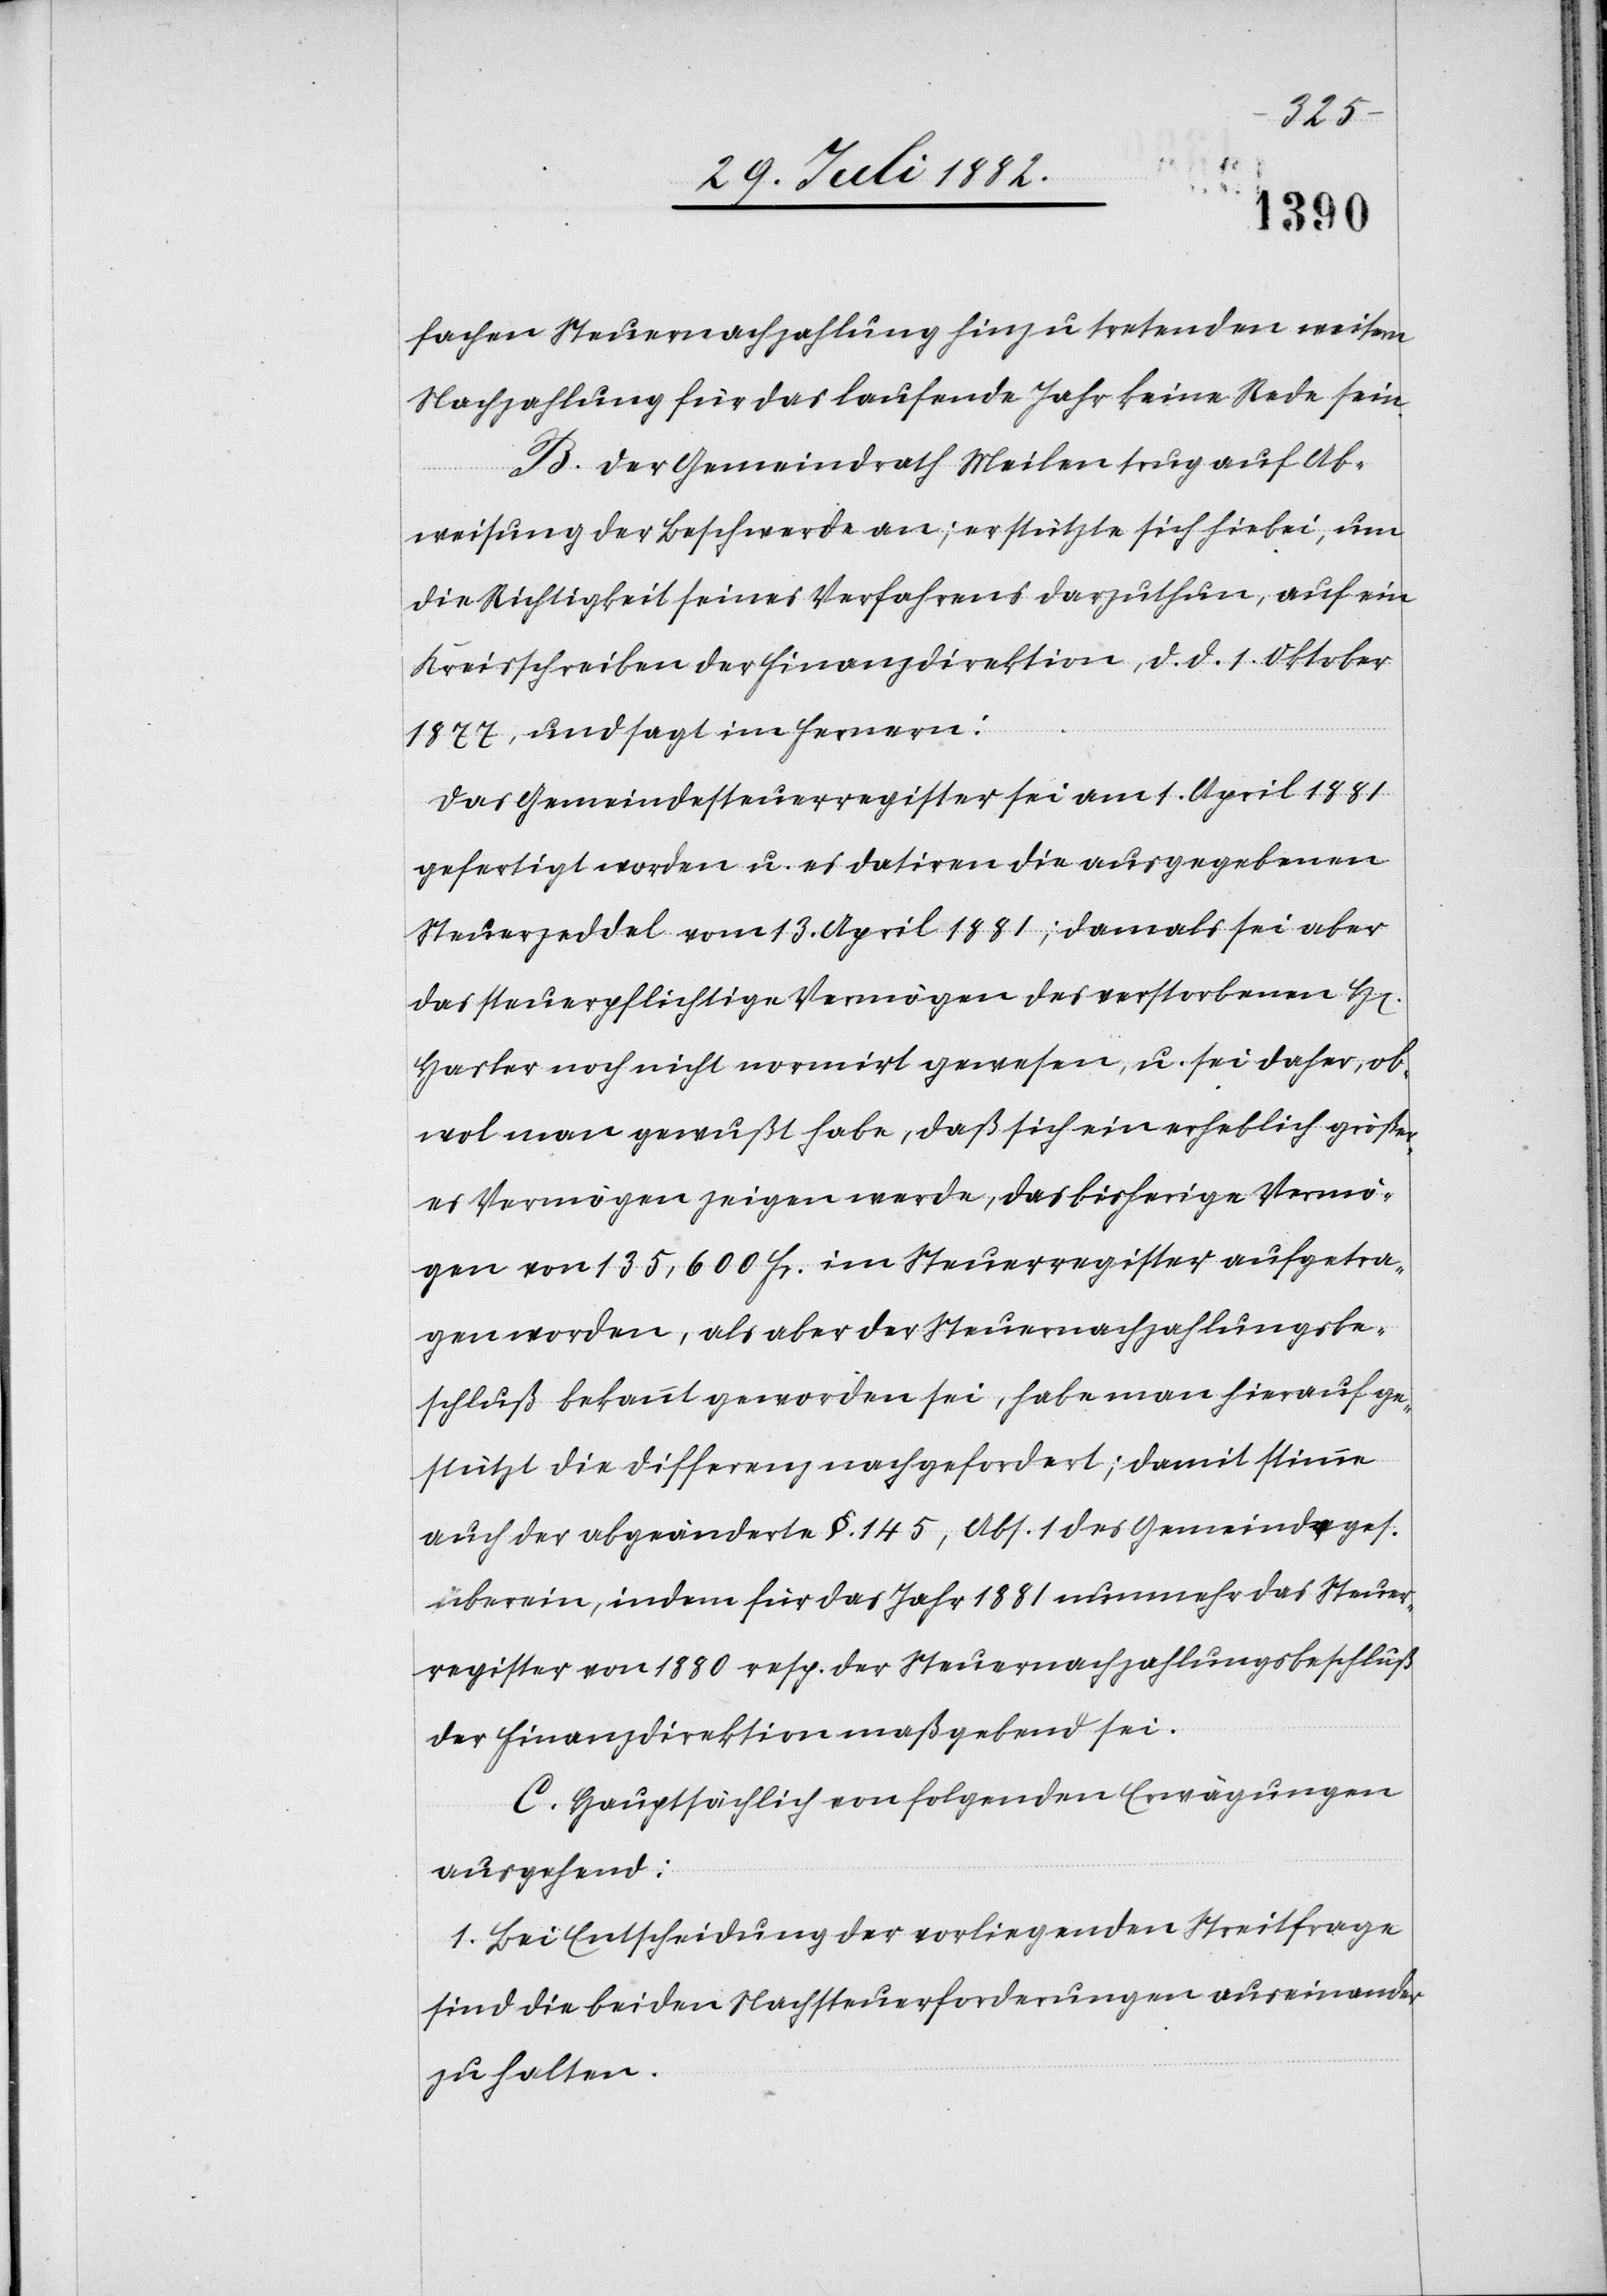
fachen Steuernachzahlung hinzu tretenden weitern
Nachzahlung für das laufende Jahr keine Rede sein.
B. Der Gemeindrath Meilen trug auf Ab¬
weisung der Beschwerde an; er stützte sich hiebei, um
die Richtigkeit seines Verfahrens darzustellen, auf ein
Kreisschreiben der Finanzdirektion, d. d. 1. Oktober
1877, und sagt im Fernern:
Das Gemeindesteuerregister sei am 1. April 1881
gefertigt worden u. es datiren die ausgegebenen
Steuerzeddel vom 13. April 1881; damals sei aber
das steuerpflichtige Vermögen des verstorbenen H[en]
Hasler noch nicht normirt gewesen, u. sei daher, ob¬
wol man gewußt habe, daß sich ein erheblich größer¬
es Vermögen zeigen werde, das bisherige Vermö¬
gen von 135,600 Fr. im Steuerregister aufgetra¬
gen worden, als aber der Steuernachzahlungsbe¬
schluß bekannt geworden sei, habe man hierauf ge¬
stützt die Differenz nachgefordert; damit stimme
auch der abgeänderte §. 145, Abs. 1 des Gemeindeges.
überein, indem für das Jahr 1881 nunmehr das Steuer¬
register von 1880 resp. der Steuernachzahlungsbeschluß
der Finanzdirektion maßgebend sei.
C. Hauptsächlich von folgenden Erwägungen
ausgehend:
1. Bei Entscheidung der vorliegenden Streitfrage
sind die beiden Nachsteuerforderungen auseinander
zu halten.